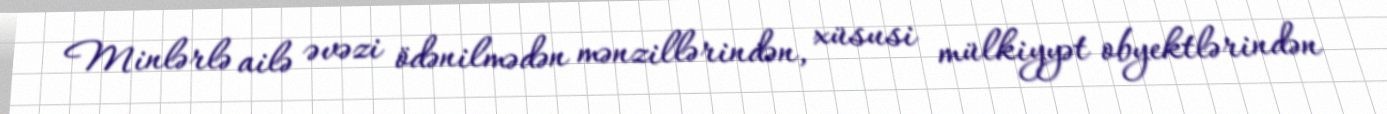
Minlərlə ailə əvəzi ödənilmədən mənzillərindən, xüsusi mülkiyyət obyektlərindən